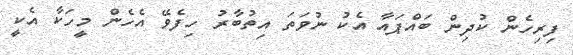
ފިރިހެން ކުދިން ބައްޕައާ އެކު ނުވަތަ އިތުބާރު ހިފެވޭ އެހެން މީހަކާ އެކީ